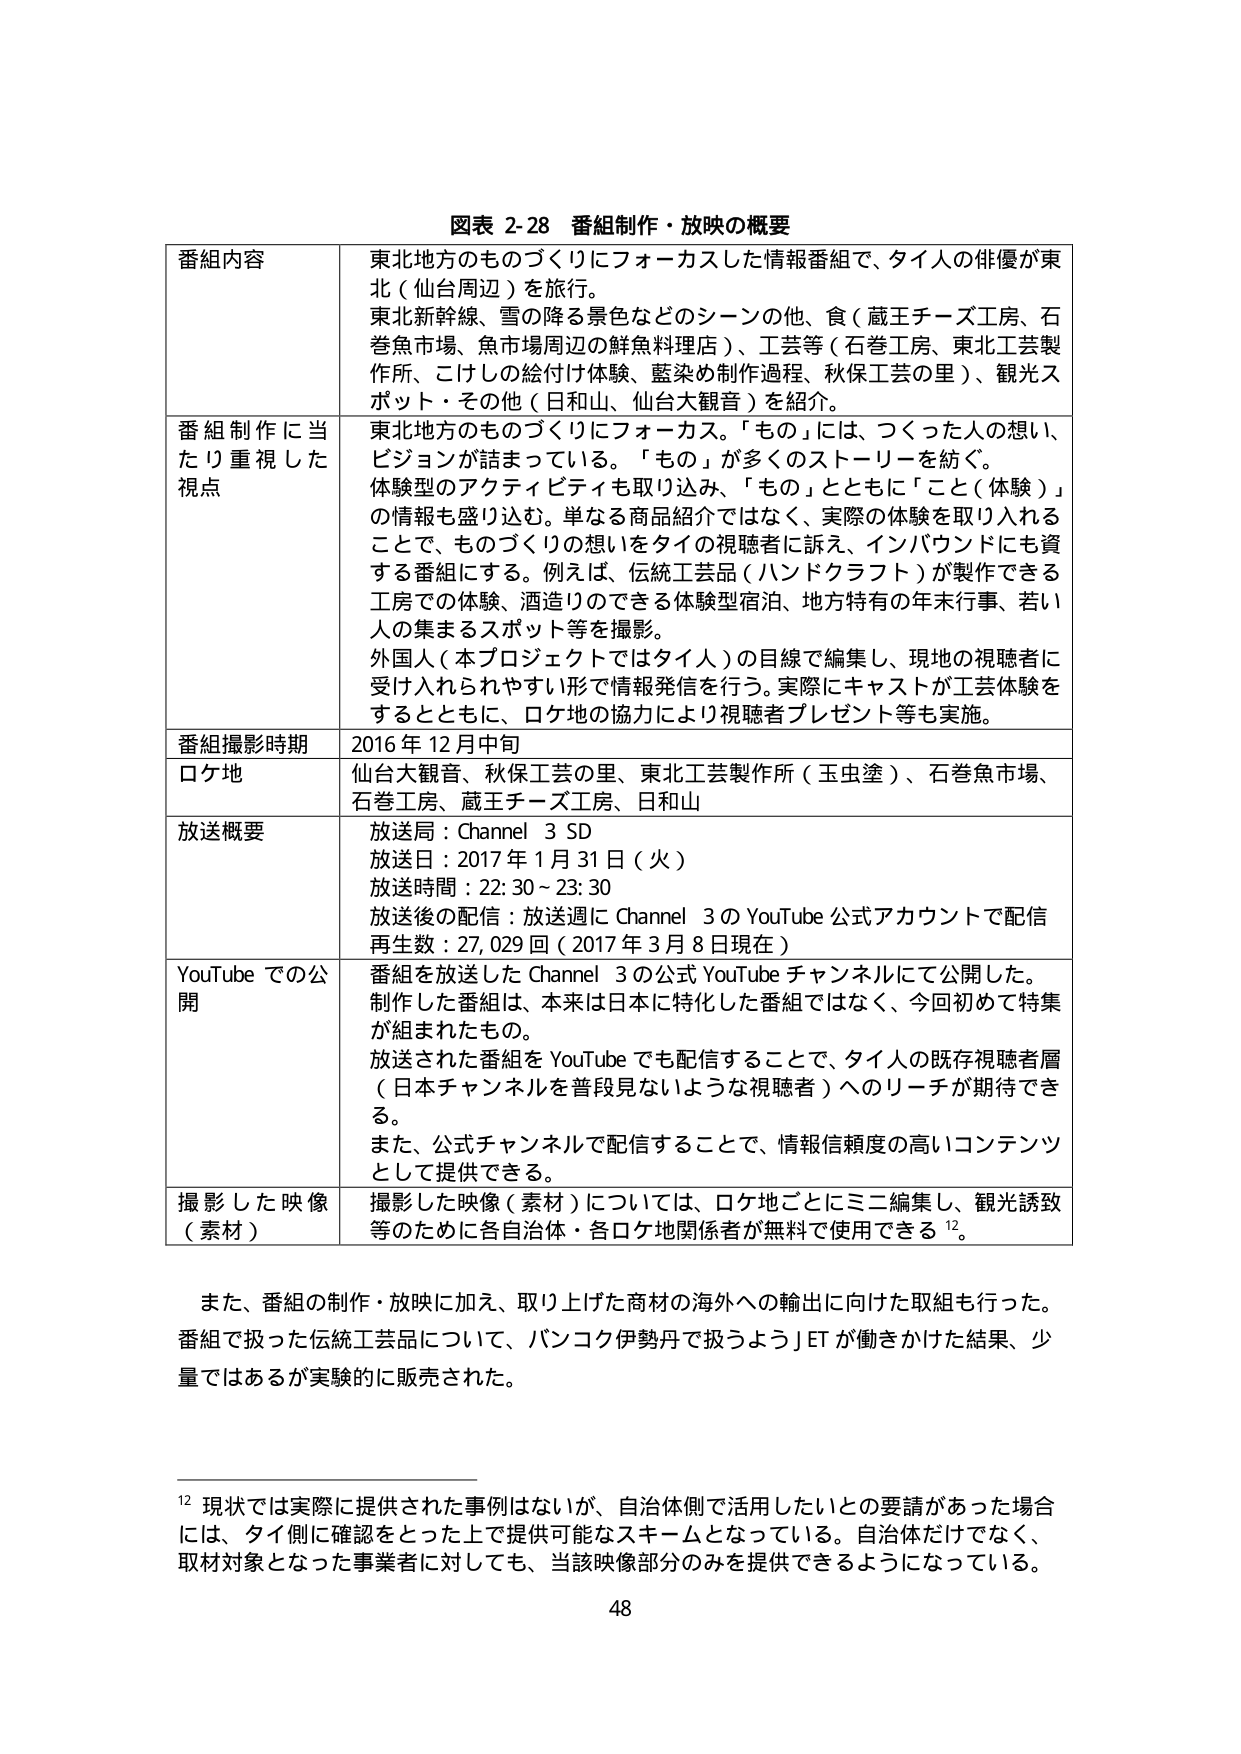
図表 2-28 番組制作・放映の概要

番組内容
東北地方のものづくりにフォーカスした情報番組で、タイ人の俳優が東北（仙台周辺）を旅行。
東北新幹線、雪の降る景色などのシーンの他、食（蔵王チーズ工房、石巻魚市場、魚市場周辺の鮮魚料理店）、工芸等（石巻工房、東北工芸製作所、こけしの総付け体験、藍染め制作過程、秋保工芸の里）、観光スポット・その他（日和山、仙台大観音）を紹介。

番組制作に当たり重視した視点
東北地方のものづくりにフォーカス。「もの」には、つくった人の想い、ビジョンが詰まっている。「もの」が多くのストーリーを紡ぐ。
体験型のアクティビティも取り込み、「もの」とともに「こと（体験）」の情報を盛り込む。単なる商品紹介ではなく、実際の体験を取り入れることで、ものづくりの想いをタイの視聴者に訴え、インバウンドにも資する番組にする。例えば、伝統工芸品（ハンドクラフト）が製作できる工房での体験、酒造りのできる体験型宿泊、地方特有の年末行事、若い人の集まるスポット等を撮影。
外国人（本プロジェクトではタイ人）の目線で編集し、現地の視聴者に受け入れられやすい形で情報発信を行う。実際にキャストが工芸体験をするとともに、ロケ地の協力により視聴者プレゼント等も実施。

番組撮影時期
2016年12月中旬

ロケ地
仙台大観音、秋保工芸の里、東北工芸製作所（玉虫塗）、石巻魚市場、石巻工房、蔵王チーズ工房、日和山

放送概要
放送局：Channel 3 SD
放送日：2017年1月31日（火）
放送時間：22:30～23:30
放送後の配信：放送週にChannel 3のYouTube公式アカウントで配信
再生数：27,029回（2017年3月8日現在）

YouTubeでの公開
番組を放送したChannel 3の公式YouTubeチャンネルにて公開した。
制作した番組は、本来は日本に特化した番組ではなく、今回初めて特集が組まれたもの。
放送された番組をYouTubeでも配信することで、タイ人の既存視聴者層（日本チャンネルを普段見ないような視聴者）へのリーチが期待できる。
また、公式チャンネルで配信することで、情報信頼度の高いコンテンツとして提供できる。

撮影した映像（素材）
撮影した映像（素材）については、ロケ地ごとにミニ編集し、観光誘致等のために各自治体・各ロケ地関係者が無料で使用できる¹²。

また、番組の制作・放映に加え、取り上げた商材の海外への輸出に向けた取組も行った。
番組で扱った伝統工芸品について、バンコク伊勢丹で扱うようJTが働きかけた結果、少量ではあるが実験的に販売された。

¹² 現状では実際に提供された事例はないが、自治体側で活用したいとの要請があった場合には、タイ側に確認をとった上で提供可能なスキームとなっている。自治体だけでなく、取材対象となった事業者に対しても、当該映像部分のみを提供できるようになっている。

48